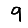
Digit: 9